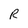
Character: R